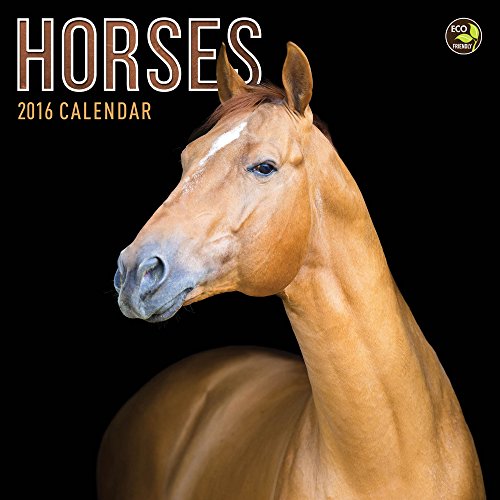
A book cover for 2016 Horses Mini Calendar; TF Publishing; Calendars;